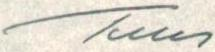
Tuus